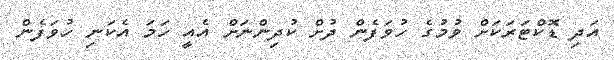
އަދި ޑޮކްޓަރަކަށް ވުމުގެ ހުވަފެން ދުށް ކުދިންނަށް އެއީ ހަމަ އެކަނި ހުވަފެން